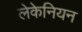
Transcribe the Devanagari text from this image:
लेकेनियन